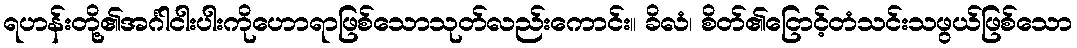
ရဟန်းတို့၏အင်္ဂါငါးပါးကိုဟောရာဖြစ်သောသုတ်လည်းကောင်း။ ခိလံ၊ စိတ်၏ငြောင့်တံသင်းသဖွယ်ဖြစ်သော